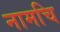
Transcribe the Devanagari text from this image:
नामचि